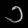
Digit: ၁